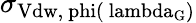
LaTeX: \sigma_{\mathrm{{Vdw},\ phi(\ lambda_{G})}}